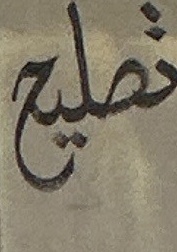
نصليح